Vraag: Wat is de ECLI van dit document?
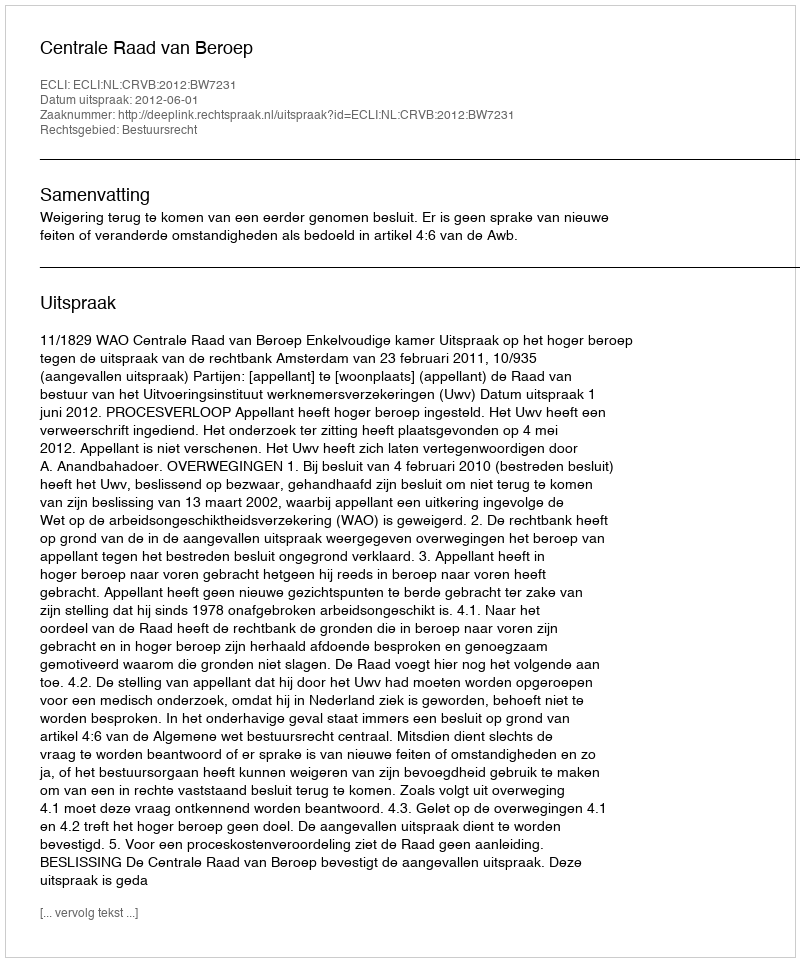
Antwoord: ECLI:NL:CRVB:2012:BW7231